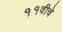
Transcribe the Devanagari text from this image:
११वीचे